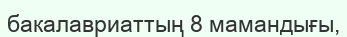
бакалавриаттың 8 мамандығы,